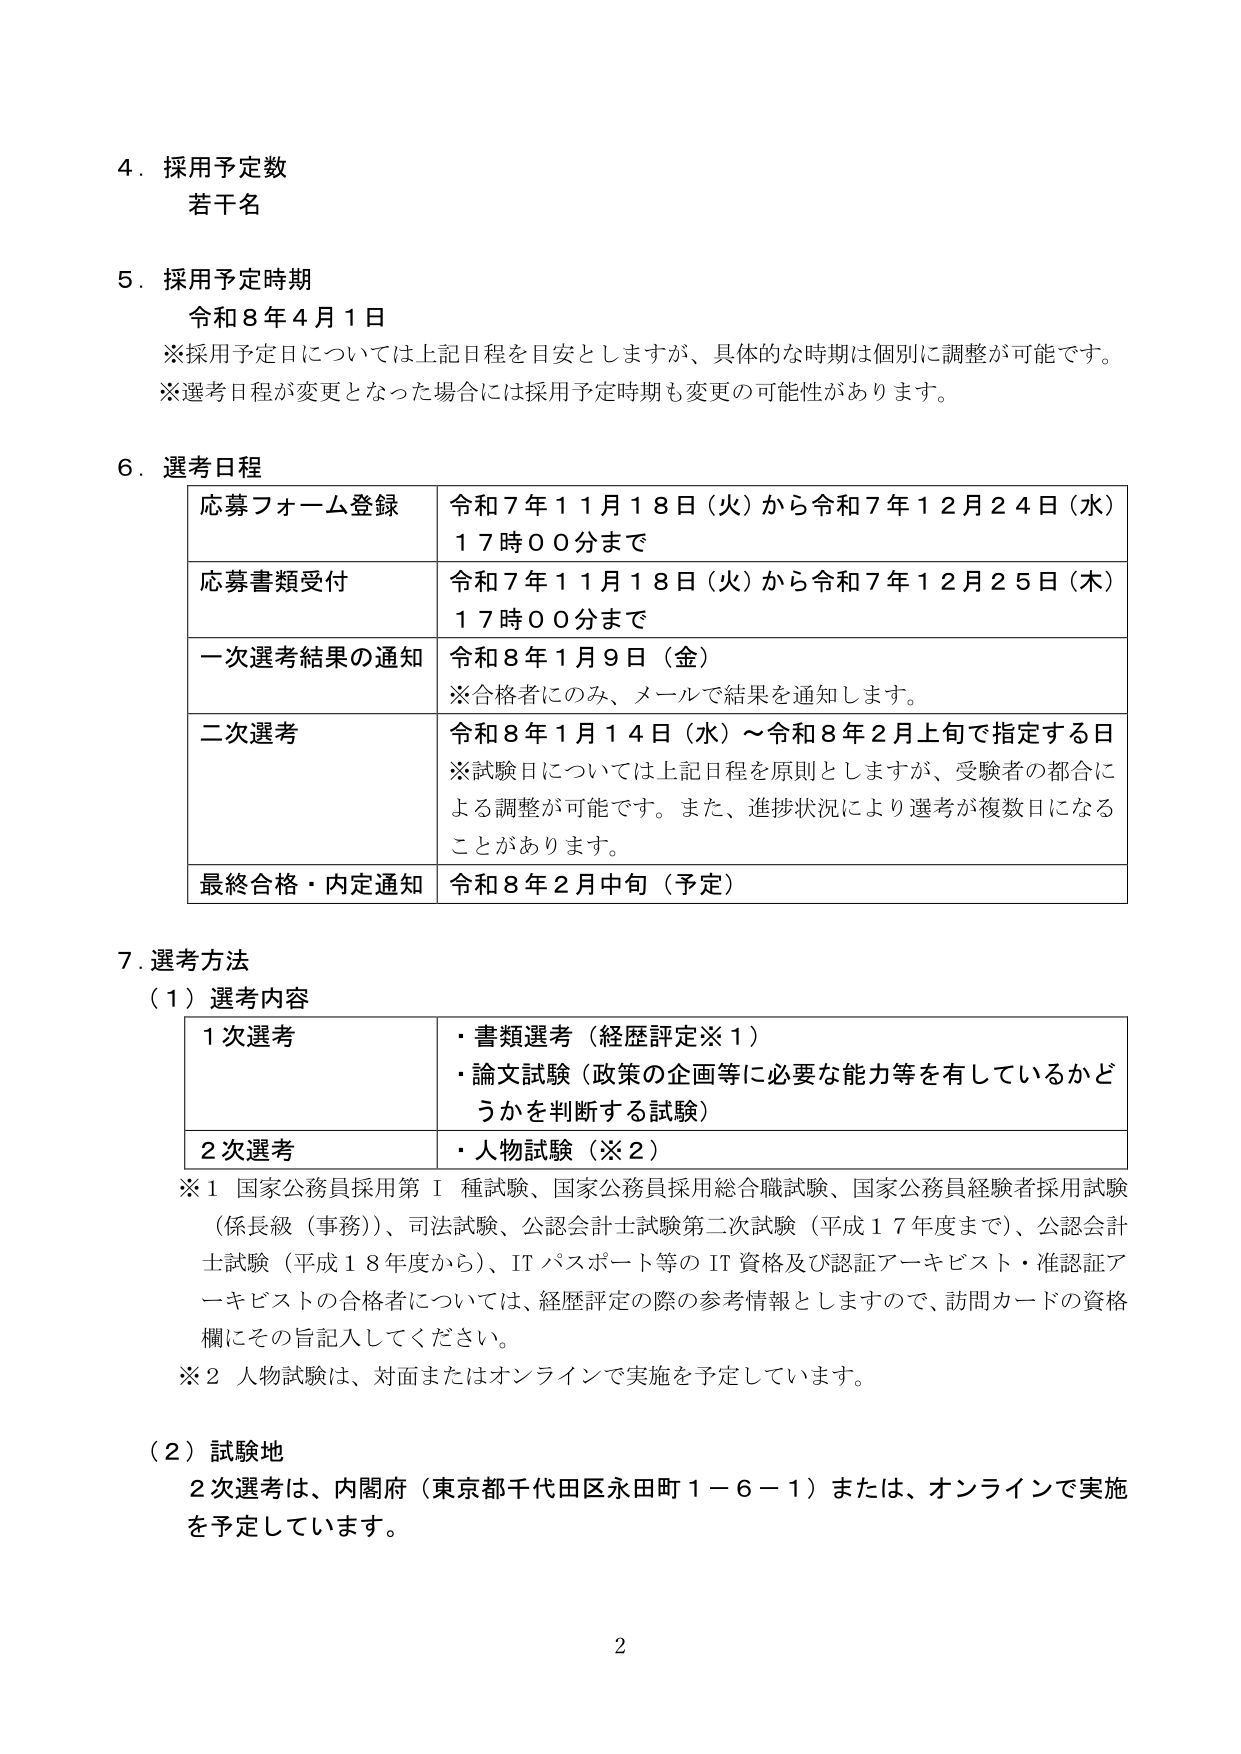
4．採用予定数
若干名

5．採用予定時期
令和8年4月1日
※採用予定日については上記日程を目安としますが、具体的な時期は個別に調整が可能です。
※選考日程が変更となった場合には採用予定時期も変更の可能性があります。

6．選考日程
応募フォーム登録　令和7年11月18日（火）から令和7年12月24日（水）17時00分まで
応募書類受付　令和7年11月18日（火）から令和7年12月25日（木）17時00分まで
一次選考結果の通知　令和8年1月9日（金）
※合格者にのみ、メールで結果を通知します。
二次選考　令和8年1月14日（水）～令和8年2月上旬で指定する日
※試験日については上記日程を原則としますが、受験者の都合による調整が可能です。また、進捗状況により選考が複数日になることがあります。
最終合格・内定通知　令和8年2月中旬（予定）

7．選考方法
（1）選考内容
1次選考　・書類選考（経歴評定※1）
　　　　　・論文試験（政策の企画等に必要な能力等を有しているかどうかを判断する試験）
2次選考　・人物試験（※2）
※1 国家公務員採用第1種試験、国家公務員採用総合職試験、国家公務員経験者採用試験（係長級（事務））、司法試験、公認会計士試験第二次試験（平成17年度まで）、公認会計士試験（平成18年度から）、ITパスポート等のIT資格及び認証アーキビスト・准認証アーキビストの合格者については、経歴評定の際の参考情報としますので、訪問カードの資格欄にその旨記入してください。
※2 人物試験は、対面またはオンラインで実施を予定しています。

（2）試験地
2次選考は、内閣府（東京都千代田区永田町1－6－1）または、オンラインで実施を予定しています。

2